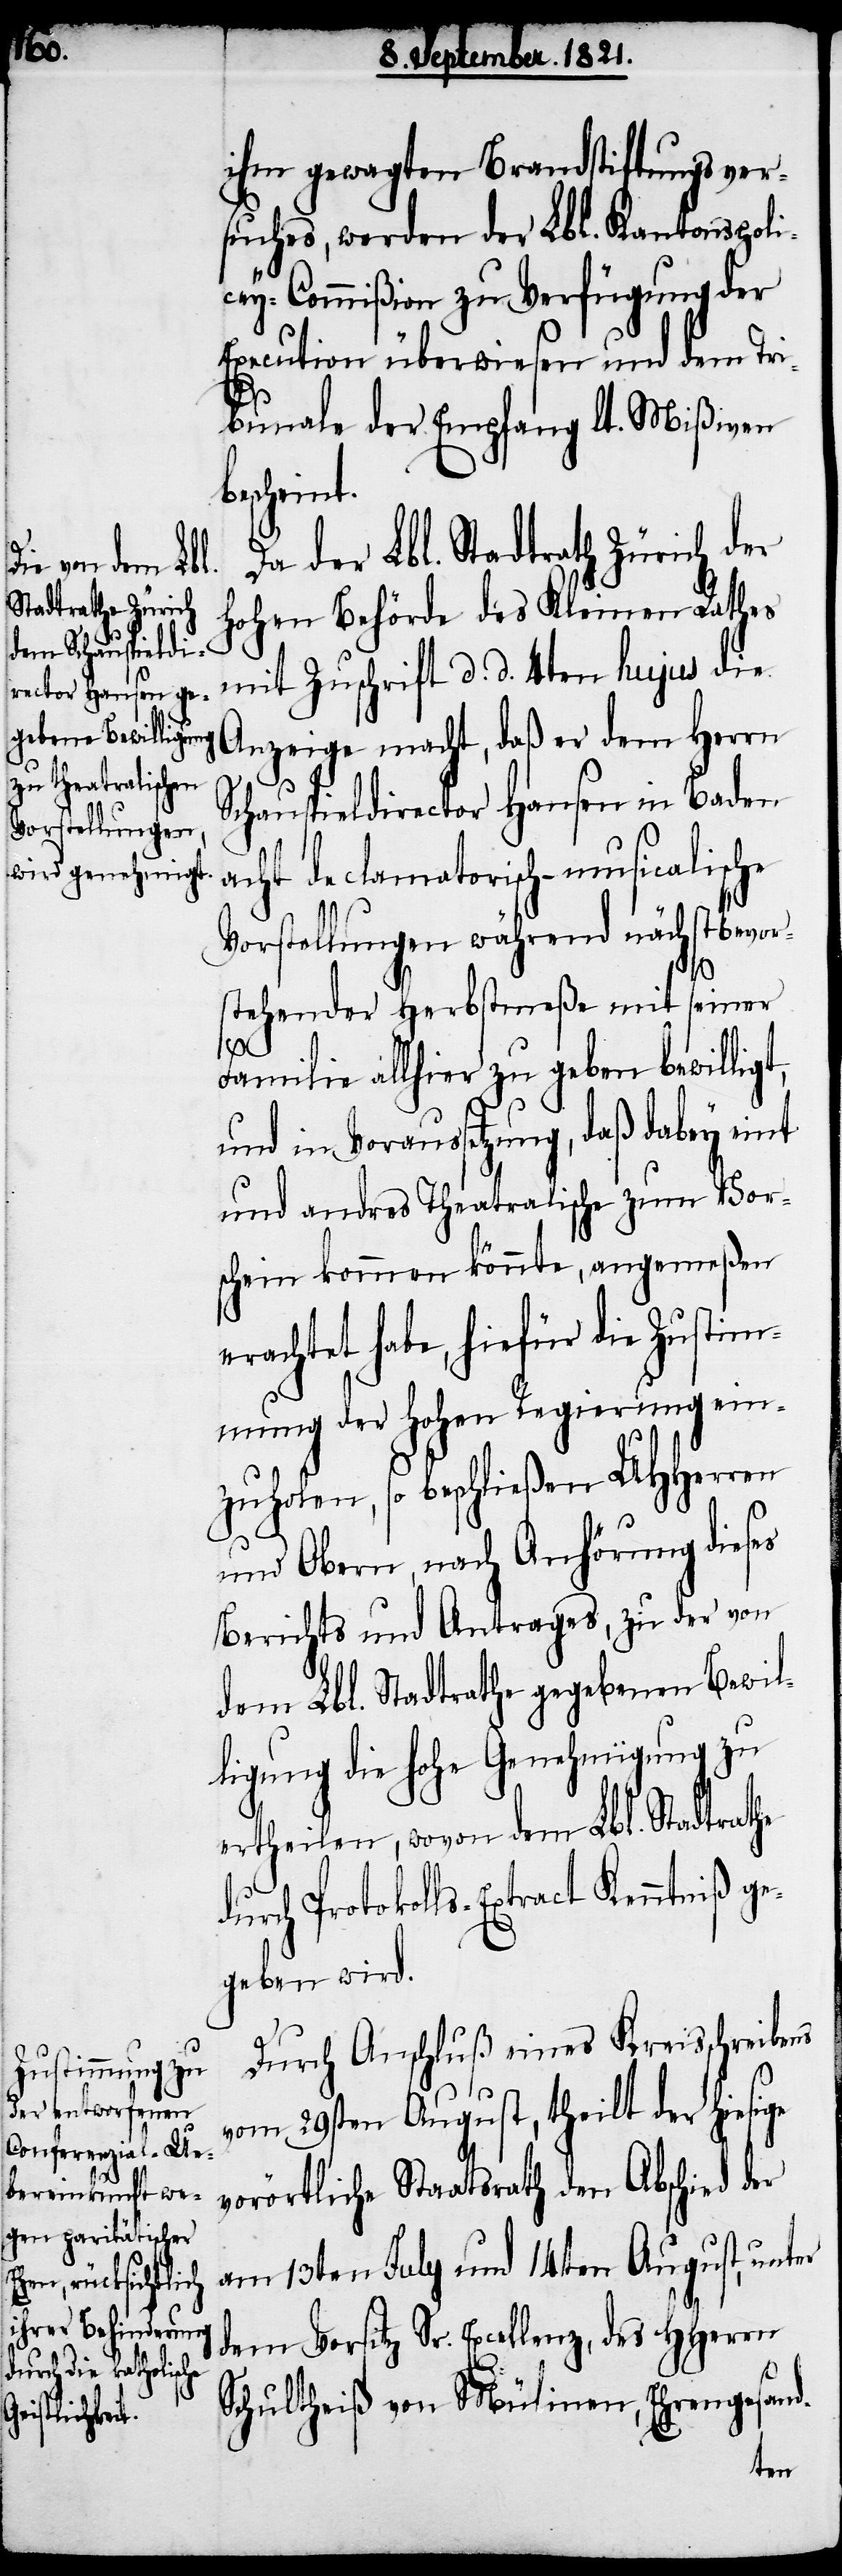
b¬

ihm gewagten Brandstiftungsver¬
suches, werden der Lbl. Kantons-Poli¬
cey-Commißion zu Verfügung der
Execution überwiesen und dem Tr¬
ibunale der Empfang lt. Mißiven
escheint.
Da der Lbl. Stadtrath Zürich der
hohen Behörde des Kleinen Rathes
mit Zuschrift d. d. 4ten hujus die
Anzeige macht, daß er dem Herrn
Schauspieldirector Hausen in Baden
acht declamatorisch-musicalische
Vorstellungen während der nächstbevor¬
stehenden Herbstmeße mit seiner
Familie allhier zu geben bewilligt,
und in Voraussetzung, daß dabey eint
und andres Theatralische zum Vor¬
schein kommen könnte, angemeßen
erachtet habe, hiefür die Zustim¬
mung der hohen Regierung ein¬
zuholen, so beschließen UHHerren
und Obern, nach Anhörung dieses
Berichts und Antrages, zu der von
dem Lbl. Stadtrathe gegebenen Bewil¬
ligung die hohe Genehmigung zu
ertheilen, wovon dem Lbl. Stadtrathe
durch Protokolls-Extract Kenntniß ge¬
geben wird.
Durch Anschluß eines Kreisschreibens
vom 29sten August, theilt der hiesige
vorörtliche Staatsrath den Abschied der
am 13ten July und 14ten August, unter
dem Vorsitz Sr. Excellenz, des HHerren
Schultheiß von Mülinen, Ehrengesand-